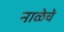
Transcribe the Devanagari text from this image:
नाळेचे